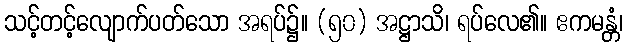
သင့်တင့်လျောက်ပတ်သော အရပ်၌။ (၅၀) အဋ္ဌာသိ၊ ရပ်လေ၏။ ဧကမန္တံ၊